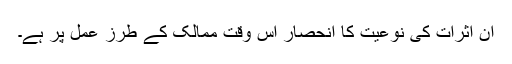
ان اثرات کی نوعیت کا انحصار اس وقت ممالک کے طرز عمل پر ہے۔